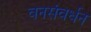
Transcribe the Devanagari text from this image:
वनसंवर्धन